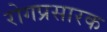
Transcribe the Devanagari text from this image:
रोगप्रसारक